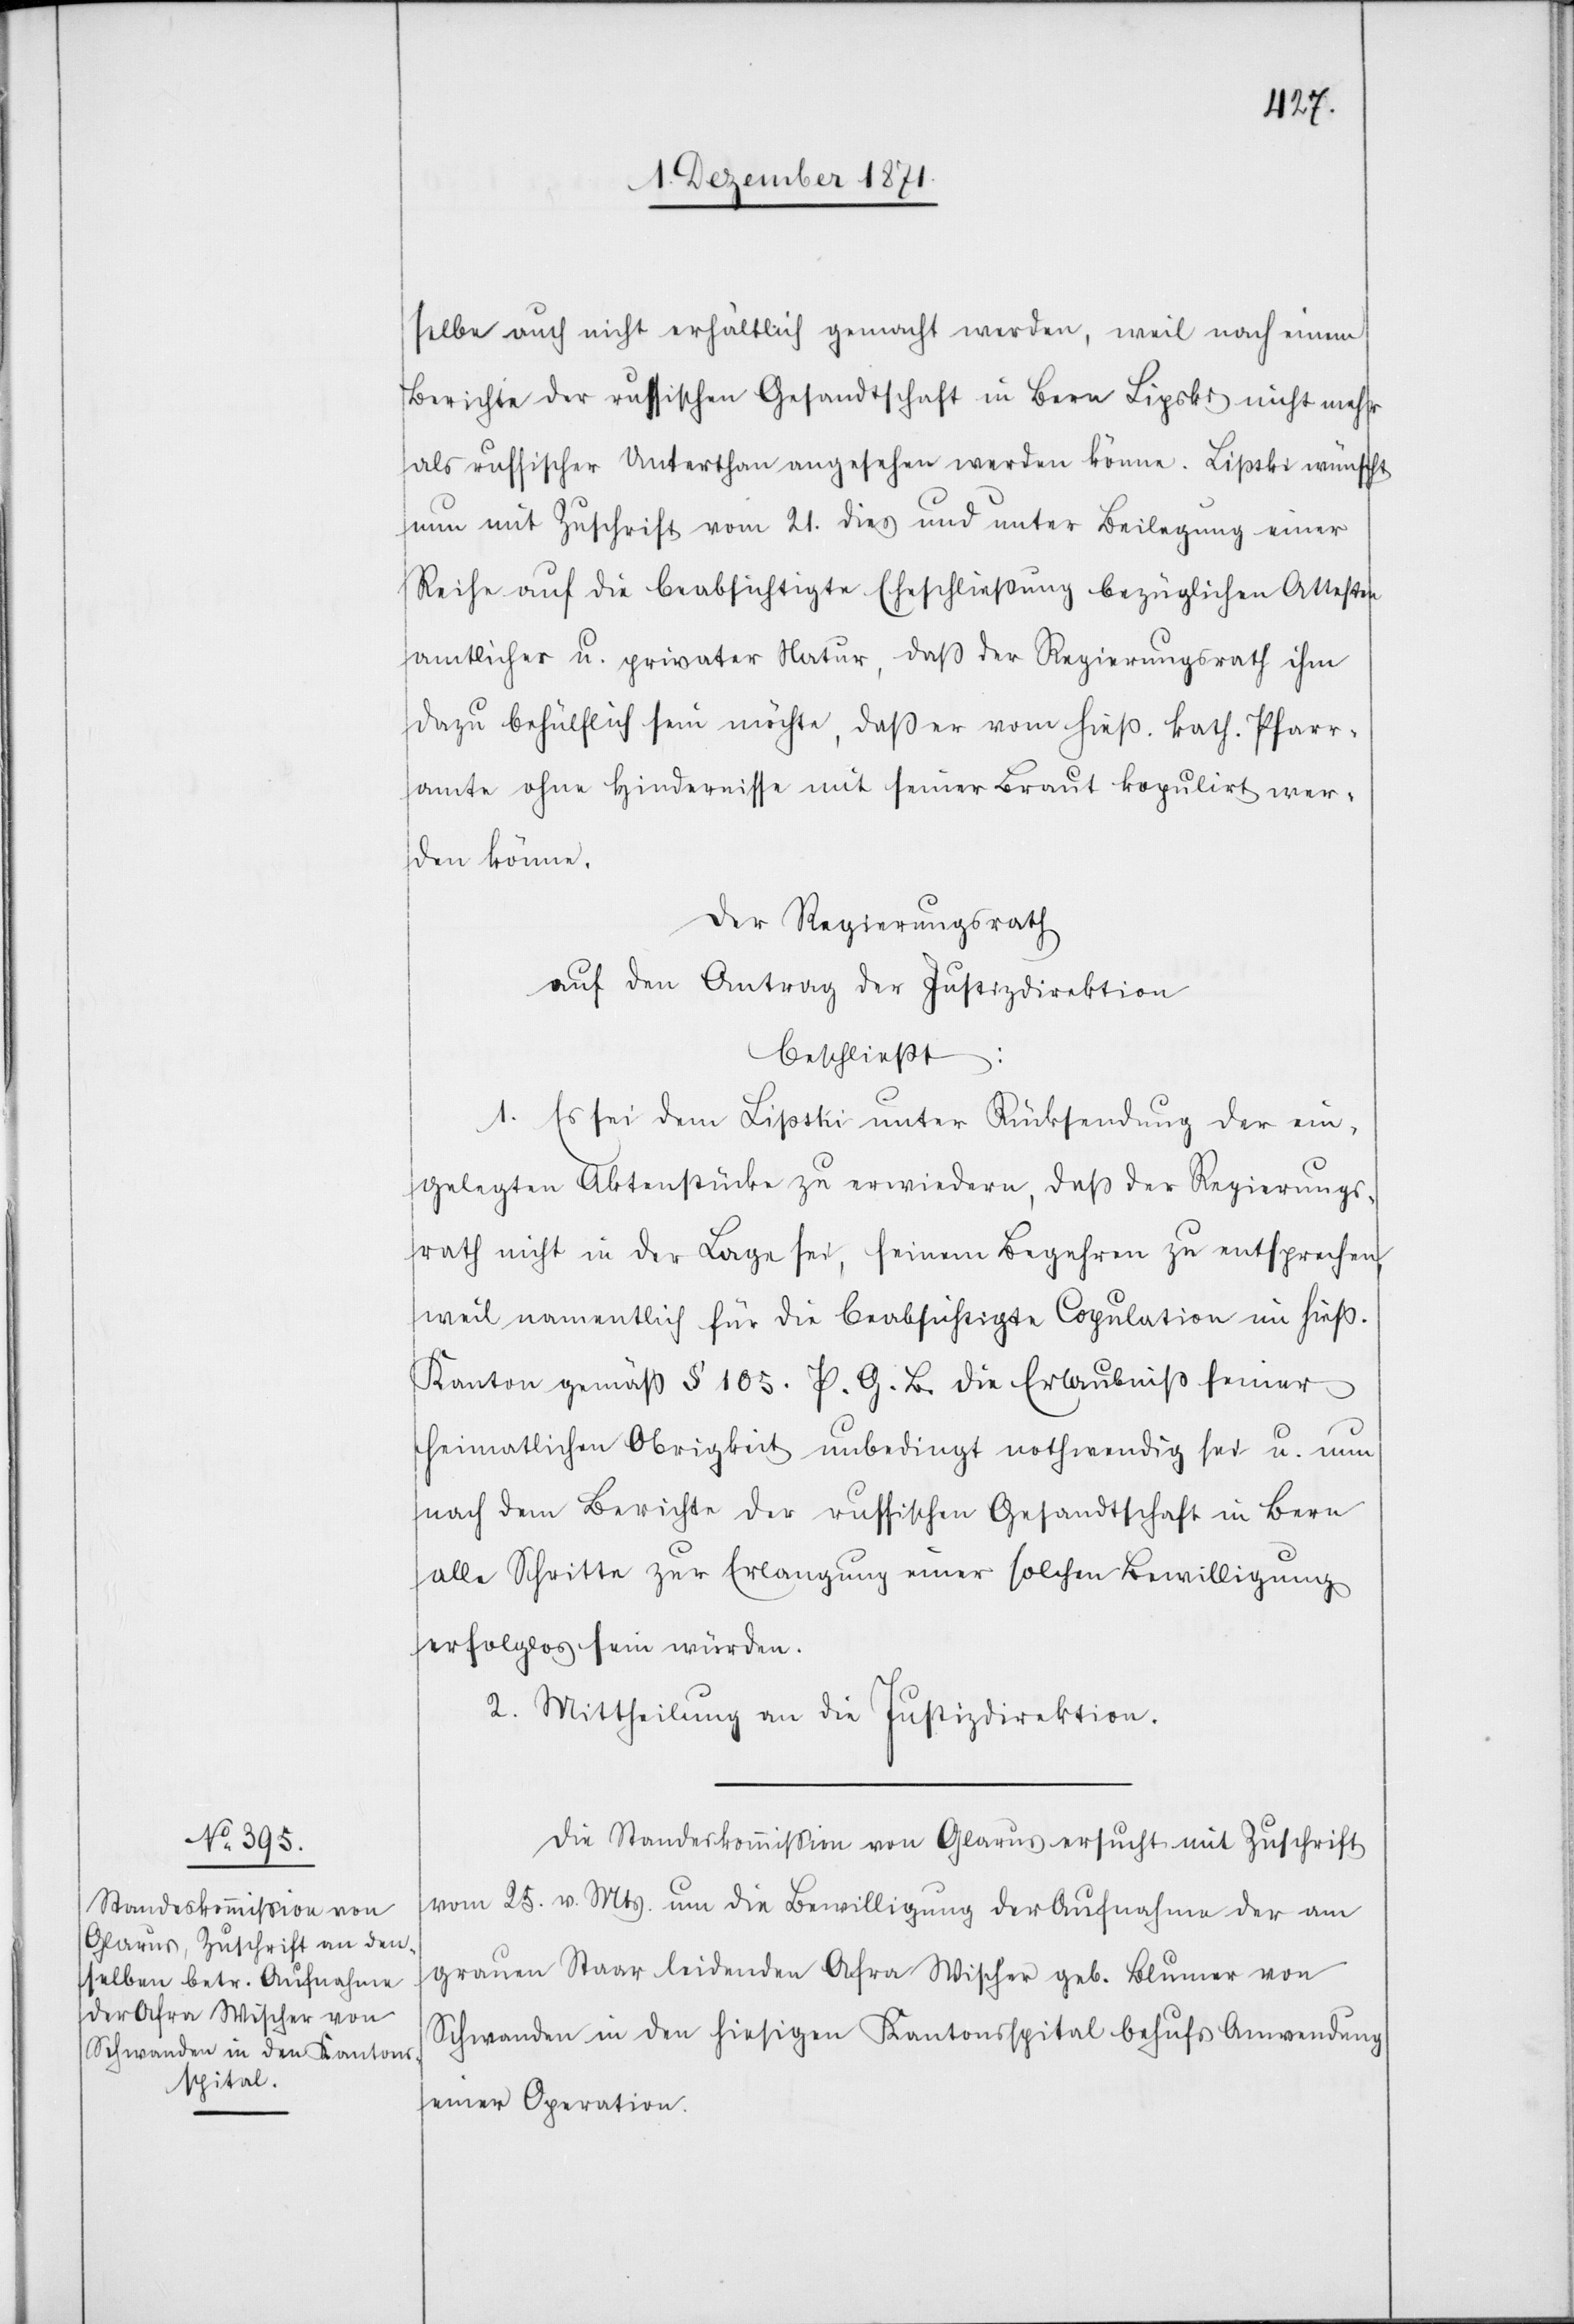
selbe auch nicht erhältlich gemacht werden, weil nach einem
Berichte der russischen Gesandtschaft in Bern Lipski nicht mehr
als russischer Unterthan angesehen werden könne. Lipski wünscht
nun mit Zuschrift vom 21. dies und unter Beilegung einer
Reihe auf die beabsichtigte Eheschließung bezüglichen Atteste
amtlicher u. privater Natur, daß der Regierungsrath ihm
dazu behülflich sein möchte, das er vom hieß. kath. Pfarr¬
amte ohne Hindernisse mit seiner Braut kopulirt wer¬
den könne.
Der Regierungsrath
auf den Antrag der Justizdirektion
beschließt:
1. Es sei dem Lipski unter Rücksendung der ein¬
gelegten Aktenstücke zu erwiedern, daß der Regierungs¬
rath nicht in der Lage sei, seinem Begehren zu entsprechen,
weil namentlich für die beabsichtigte Copulation im hieß.
Kanton gemäß § 105. P. G. B. die Erlaubniß seiner
heimatlichen Obrigkeit unbedingt nothwendig sei u. um
nach dem Berichte der russischen Gesandtschaft in Bern
alle Schritte zur Erlangung einer solchen Bewilligung
erfolglos sein würden.
2. Mittheilung an die Justizdirektion.
Die Standeskommißion von Glarus ersucht mit Zuschrift
vom 25. v. Mts. um die Bewilligung der Aufnahme der am
grauen Staar leidenden Afra Wischer geb. Blumer von
Schwanden in den hiesigen Kantonsspital behufs Anwendung
einer Operation.